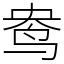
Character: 鸯